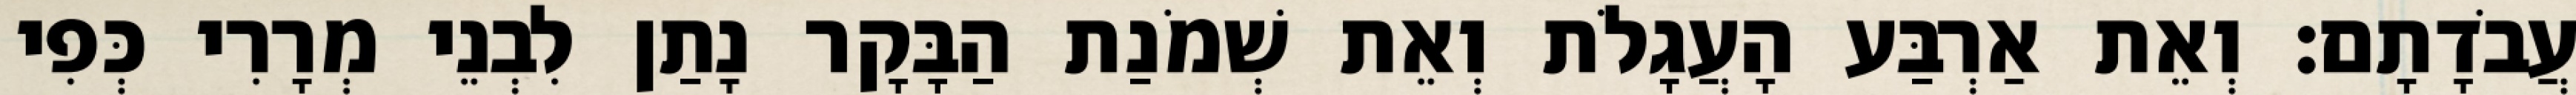
עֲבֹדָתָם׃ וְאֵת אַרְבַּע הָעֲגָלֹת וְאֵת שְׁמֹנַת הַבָּקָר נָתַן לִבְנֵי מְרָרִי כְּפִי